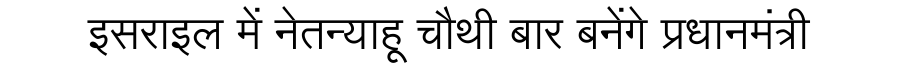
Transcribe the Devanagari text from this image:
इसराइल में नेतन्याहू चौथी बार बनेंगे प्रधानमंत्री